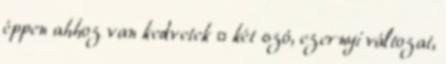
éppen ahhoz van kedvetek 🙂 két szó, ezernyi változat,